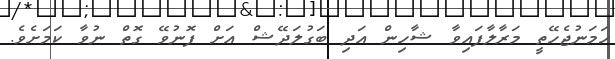
ހަމަނުޖެހޭތީ މަރާލާފައިވާ ޝާހިން އަދި ބަގުލަދޭޝް އަށް ފޮނުވޭ ގޮތް ނުވާ ކަމަށެވެ.